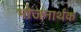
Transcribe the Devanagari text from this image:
भोजनार्थक